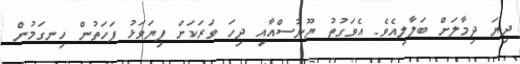
ދިޔަ ދިމާލަށް ބަލާލިއެވެ. އެވަގުތު ޔޫނުސްއާއި ދިހަ ވަރަކަށް ފިޔަވަޅު ފަހަތުން ހިނގަމުން